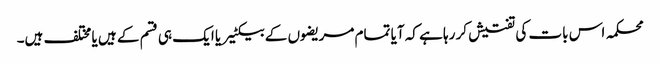
محکمہ اس بات کی تفتیش کر رہا ہے کہ آیا تمام مریضوں کے بیکٹیریا ایک ہی قسم کے ہیں یا مختلف ہیں۔